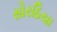
સોરઠિયા